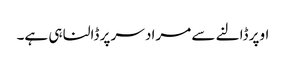
اوپر ڈالنے سے مراد سر پر ڈالنا ہی ہے۔